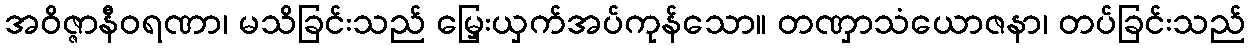
အဝိဇ္ဇာနီဝရဏာ၊ မသိခြင်းသည် မြှေးယှက်အပ်ကုန်သော။ တဏှာသံယောဇနာ၊ တပ်ခြင်းသည်